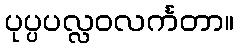
ပုပ္ပပလ္လဝလင်္ကတာ။